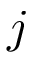
j